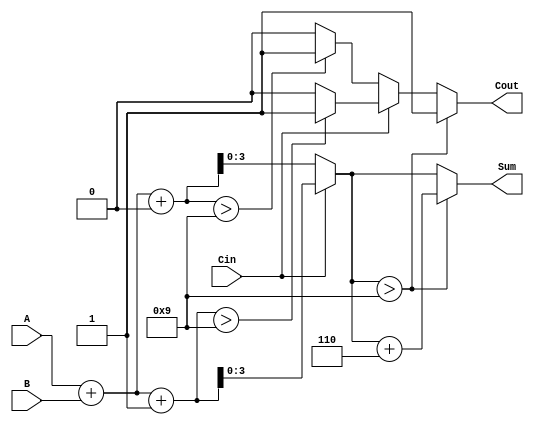
module BCD_MCSA (
    input  wire [3:0] A,      // First BCD digit
    input  wire [3:0] B,      // Second BCD digit
    input  wire Cin,          // Carry-in
    output reg  [3:0] Sum,    // BCD Sum output
    output reg  Cout          // Carry-out
);

    // Intermediate signals
    wire [4:0] S0, S1;        // Preliminary sums
    wire C0, C1;              // Carry signals

    // Calculate preliminary sums
    assign S0 = A + B + 0;    // When Cin = 0
    assign S1 = A + B + 1;    // When Cin = 1

    // Determine carry-out for both scenarios
    assign C0 = (S0 > 9) ? 1'b1 : 1'b0; // Carry out when Cin = 0
    assign C1 = (S1 > 9) ? 1'b1 : 1'b0; // Carry out when Cin = 1

    // Select the appropriate sum and carry based on Cin
    always @(*) begin
        if (Cin == 0) begin
            Sum = S0;
            Cout = C0;
        end else begin
            Sum = S1;
            Cout = C1;
        end

        // BCD correction logic
        if (Sum > 9) begin
            Sum = Sum + 4'b0110; // Add 6 for BCD correction
            Cout = 1;            // Set carry-out if correction is applied
        end else begin
            Cout = Cout;         // Maintain carry-out
        end
    end

endmodule